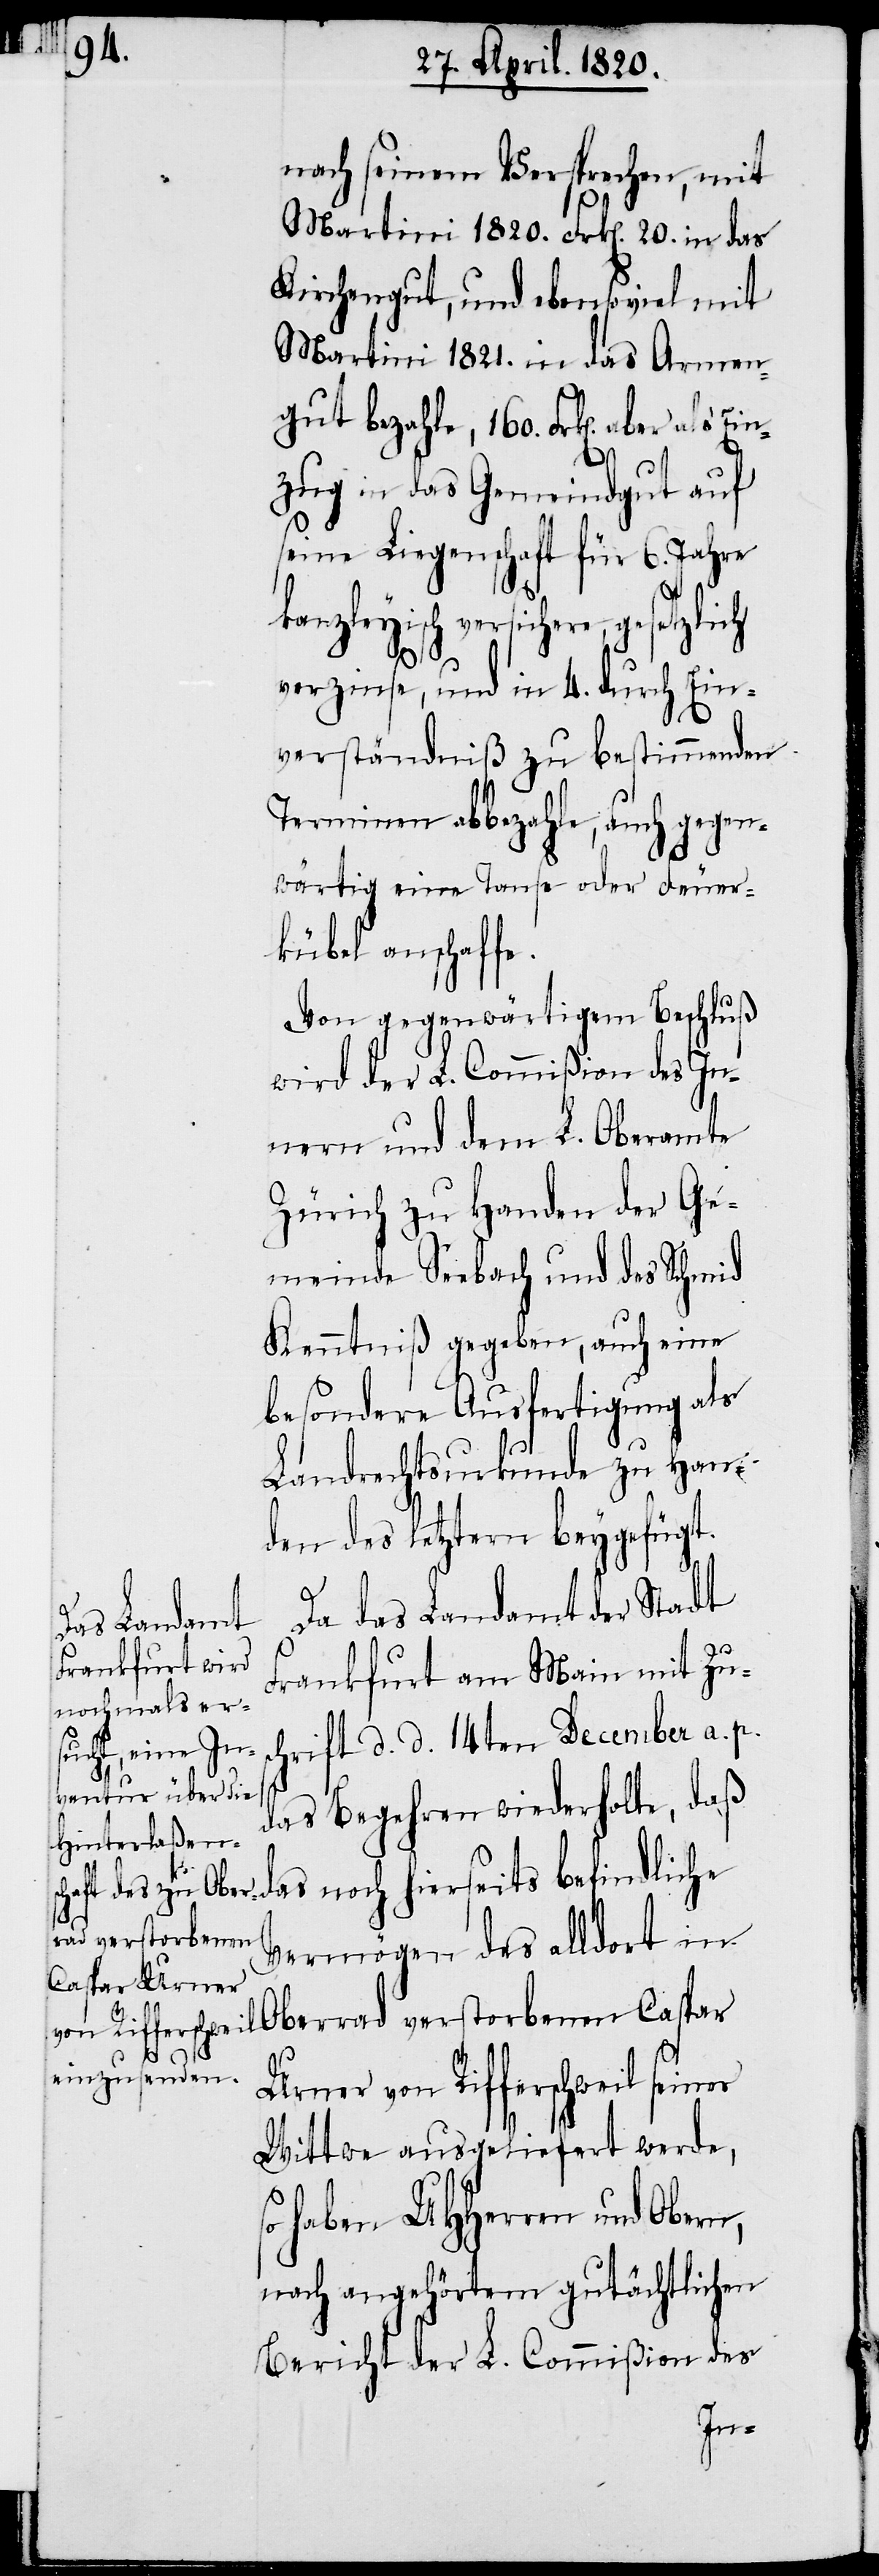
nach seinen Versprechen, mit
Martini 1820. Frk[en]. 20. in das
Kirchengut, und ebensoviel mit
Martini 1821. in das Armen¬
gut bezahlte, 160. Frk[en]. abe¬
zug in das Gemeindgut auf
seine Liegenschaft für 6. Jahre
versichere, gesetzlich
verzinse, und in 4. durch Ein¬
verständniß zu bestimmenden
Terminen abbezahlte, auch gegen¬
wärtig eine Tanse oder Feuer¬
kübel anschaffe.
Von gegenwärtigem Beschluß
wird der L. Commißion des In¬
nern und dem L. Oberamte
Zürich zu Handen der Ge¬
meinde Seebach und des Schmid
Kenntniβ gegeben, auch eine
besondere Ausfertigung als
Landrechtsurkunde zu Han¬
den des Letztern beygefügt.
Da das Landamt der Stadt
Frankfurt am Main mit Zus¬
chrift d. d. 14ten December a. p.
das Begehren wiederholte, daß
das noch hierseits befindliche
Vermögen des alldort in
Oberrad verstorbenen Caspar
r als
Urner von Rifferschweil seiner
Wittwe ausgeliefert werde,
haben UHHerren und Obern,
Bericht der L. Commißion des
Ein¬